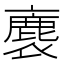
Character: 𧜫